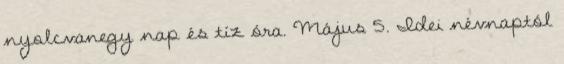
nyolcvanegy nap és tíz óra. Május 5. Idei névnaptól